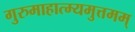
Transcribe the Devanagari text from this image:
गुरुमाहात्म्यमुत्तमम्